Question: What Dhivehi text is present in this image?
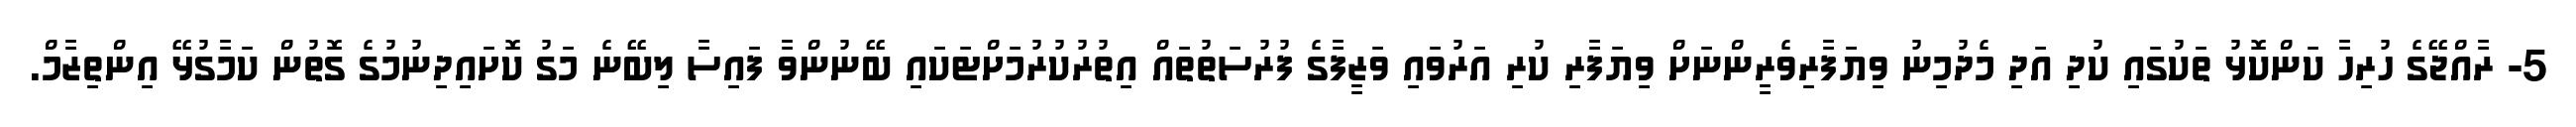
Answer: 5- ރާއްޖޭގެ ހުރިހާ ކަންކޮޅު ތަކުގައި ކުދި އަދި މެދުމިނު ވިޔަފާރިވެރީންނަށް ވިޔަފާރި ކުރި އަރުވައި ވަޒީފާގެ ފުރުސަތުތައް އިތުރުކުރުމަށްޓަކައި ބޭނުންވާ ފައިސާ ލިބޭނެ މަގު ކޮށައިދިނުމުގެ ގޮތުން ކަމާގުޅޭ އިންތިޒާމް.